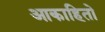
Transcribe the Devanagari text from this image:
आकाहितो